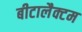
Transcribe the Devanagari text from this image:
बीटालैक्टम